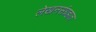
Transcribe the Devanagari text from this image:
लेखनसंग्रहात